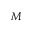
M